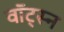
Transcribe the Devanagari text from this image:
वॉट्स्न